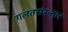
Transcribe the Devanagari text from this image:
गलतसंस्कार